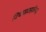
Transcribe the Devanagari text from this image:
विचारप्रवाहाविरुद्ध